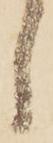
し